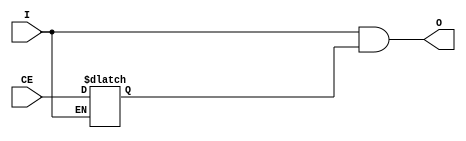
/*Copyright 2020-2021 T-Head Semiconductor Co., Ltd.

Licensed under the Apache License, Version 2.0 (the "License");
you may not use this file except in compliance with the License.
You may obtain a copy of the License at

    http://www.apache.org/licenses/LICENSE-2.0

Unless required by applicable law or agreed to in writing, software
distributed under the License is distributed on an "AS IS" BASIS,
WITHOUT WARRANTIES OR CONDITIONS OF ANY KIND, either express or implied.
See the License for the specific language governing permissions and
limitations under the License.
*/

module BUFGCE(
  I,
  CE,
  O
);

input  I;
input  CE ;
output O;

reg    clk_en_af_latch;
always @(I or CE)
begin
  if(!I)
    clk_en_af_latch <= CE;
end

reg clk_en ;
always @ (clk_en_af_latch )
begin
    clk_en <= clk_en_af_latch;
end
assign O = I && clk_en ;
   
endmodule